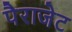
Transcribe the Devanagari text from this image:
पैराजेट